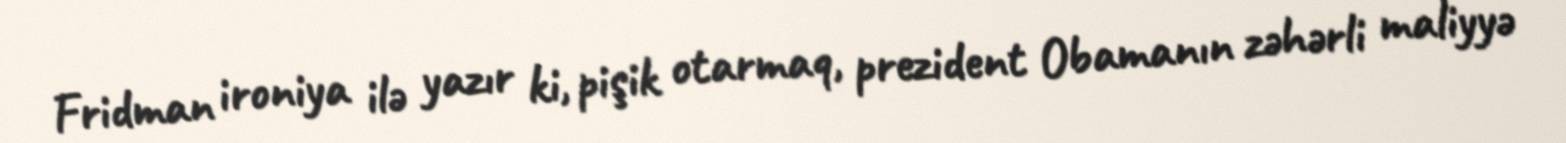
Fridman ironiya ilə yazır ki, pişik otarmaq, prezident Obamanın zəhərli maliyyə